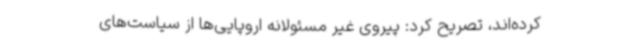
کرده‌اند، تصریح کرد: پیروی غیر مسئولانه‌ اروپایی‌ها از سیاست‌های